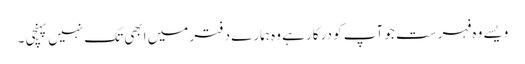
ویسے وہ فہرست جو آپ کو درکار ہے وہ ہمارے دفتر میں ابھی تک نہیں پہنچی ۔